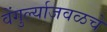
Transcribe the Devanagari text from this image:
वेंगुर्ल्याजवळचे